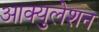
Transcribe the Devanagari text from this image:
आक्युलेशन